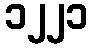
၁၂၂၁